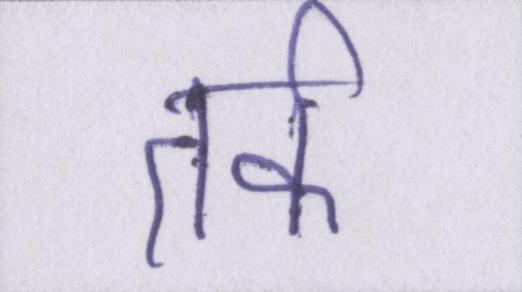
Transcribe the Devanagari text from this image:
तर्क